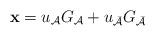
LaTeX: \begin{align*} \mathbf{x} = {u}_{\mathcal{A}}G_{\mathcal{A}}+ {u}_{\bar{\mathcal{A}}}G_{\bar{\mathcal{A}}}\end{align*}